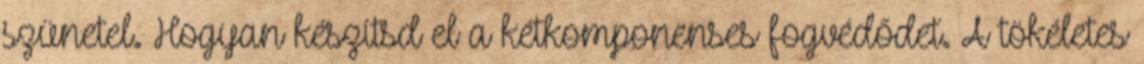
szünetel. Hogyan készítsd el a kétkomponenses fogvédődet. A tökéletes